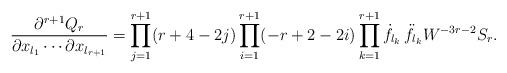
LaTeX: \begin{align*}\frac{\partial^{r+1}Q_r}{\partial x_{l_1}\cdots \partial x_{l_{r+1}}}=\displaystyle\prod_{j=1}^{r+1}(r+4-2j)\prod_{i=1}^{r+1}(-r+2-2i)\prod_{k=1}^{r+1} \dot{f}_{l_k}\,\ddot{f}_{l_k}W^{-3r-2}S_r.\end{align*}